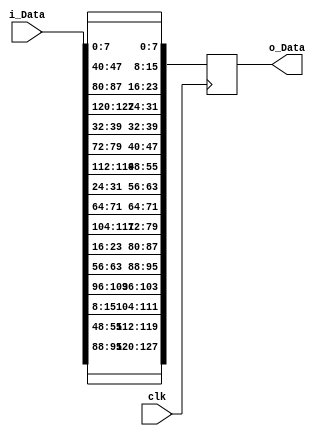
`timescale 1ns / 1ps

module shift_rows(
    clk,
    i_Data,
    o_Data
    );


    input clk;
    input [127:0] i_Data;

    output reg [127:0] o_Data = 128'b0;

    always@ (posedge clk) begin
	o_Data [127:120] <= i_Data [95:88];
	o_Data [119:112] <= i_Data [55:48];
	o_Data [111:104] <= i_Data [15:8];
	o_Data [103:96] <= i_Data [103:96];

	o_Data [95:88] <= i_Data [63:56];
	o_Data [87:80] <= i_Data [23:16];
	o_Data [79:72] <= i_Data [111:104];
	o_Data [71:64] <= i_Data [71:64];

	o_Data [63:56] <= i_Data [31:24];
	o_Data [55:48] <= i_Data [119:112];
	o_Data [47:40] <= i_Data [79:72];
	o_Data [39:32] <= i_Data [39:32];

	o_Data [31:24] <= i_Data [127:120];
	o_Data [23:16] <= i_Data [87:80];
	o_Data [15:8] <= i_Data [47:40];
	o_Data [7:0] <= i_Data [7:0];
    end

endmodule